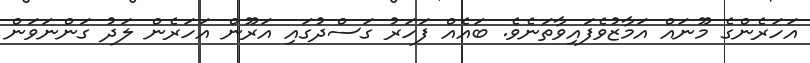
އަހަރެންގެ މޫނައް އަމާޒުވެފައިވާތަނެވެ. ބައެއް ފަހަރު ގަސްދުގައި އަރޫން އަހަރެން ލަދު ގަންނަވަން